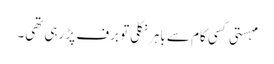
مہستی کسی کام سے باہر نکلی تو برف پڑ رہی تھی۔